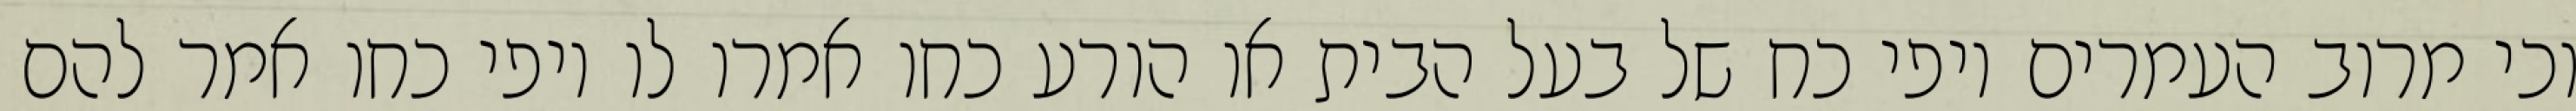
וכי מרוב העמרים יופי כח של בעל הבית או הורע כחו אמרו לו יופי כחו אמר להם